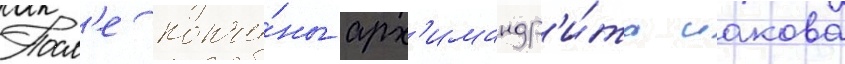
Посл'е кончи́ны арх'имандр'и́та иакова